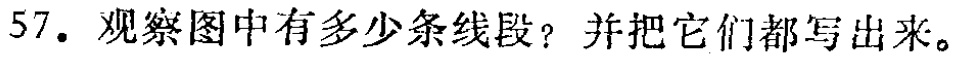
57. 观察图中有多少条线段？并把它们都写出来。